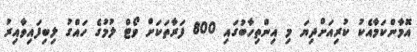
އޮމާންކަމާއެކު ކުރިއަށްދިޔަ މި އިންތިހާބުގައި 800 ފަރާތަކަށް ވޯޓް ލުމުގެ ހައްގު ލިބިފައިވާއިރު